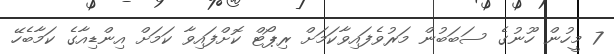
7 މީހުން ހޫނުގެ ސަބަބުން މަރުވެފައިވާކަމަށް ރިޕޯޓް ކޮށްފައިވާ ކަމަށް އިންޑިއާގެ ކަމާބެހޭ